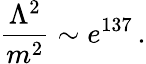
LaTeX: {\frac{\Lambda^{2}}{m^{2}}}\sim e^{137}\, .